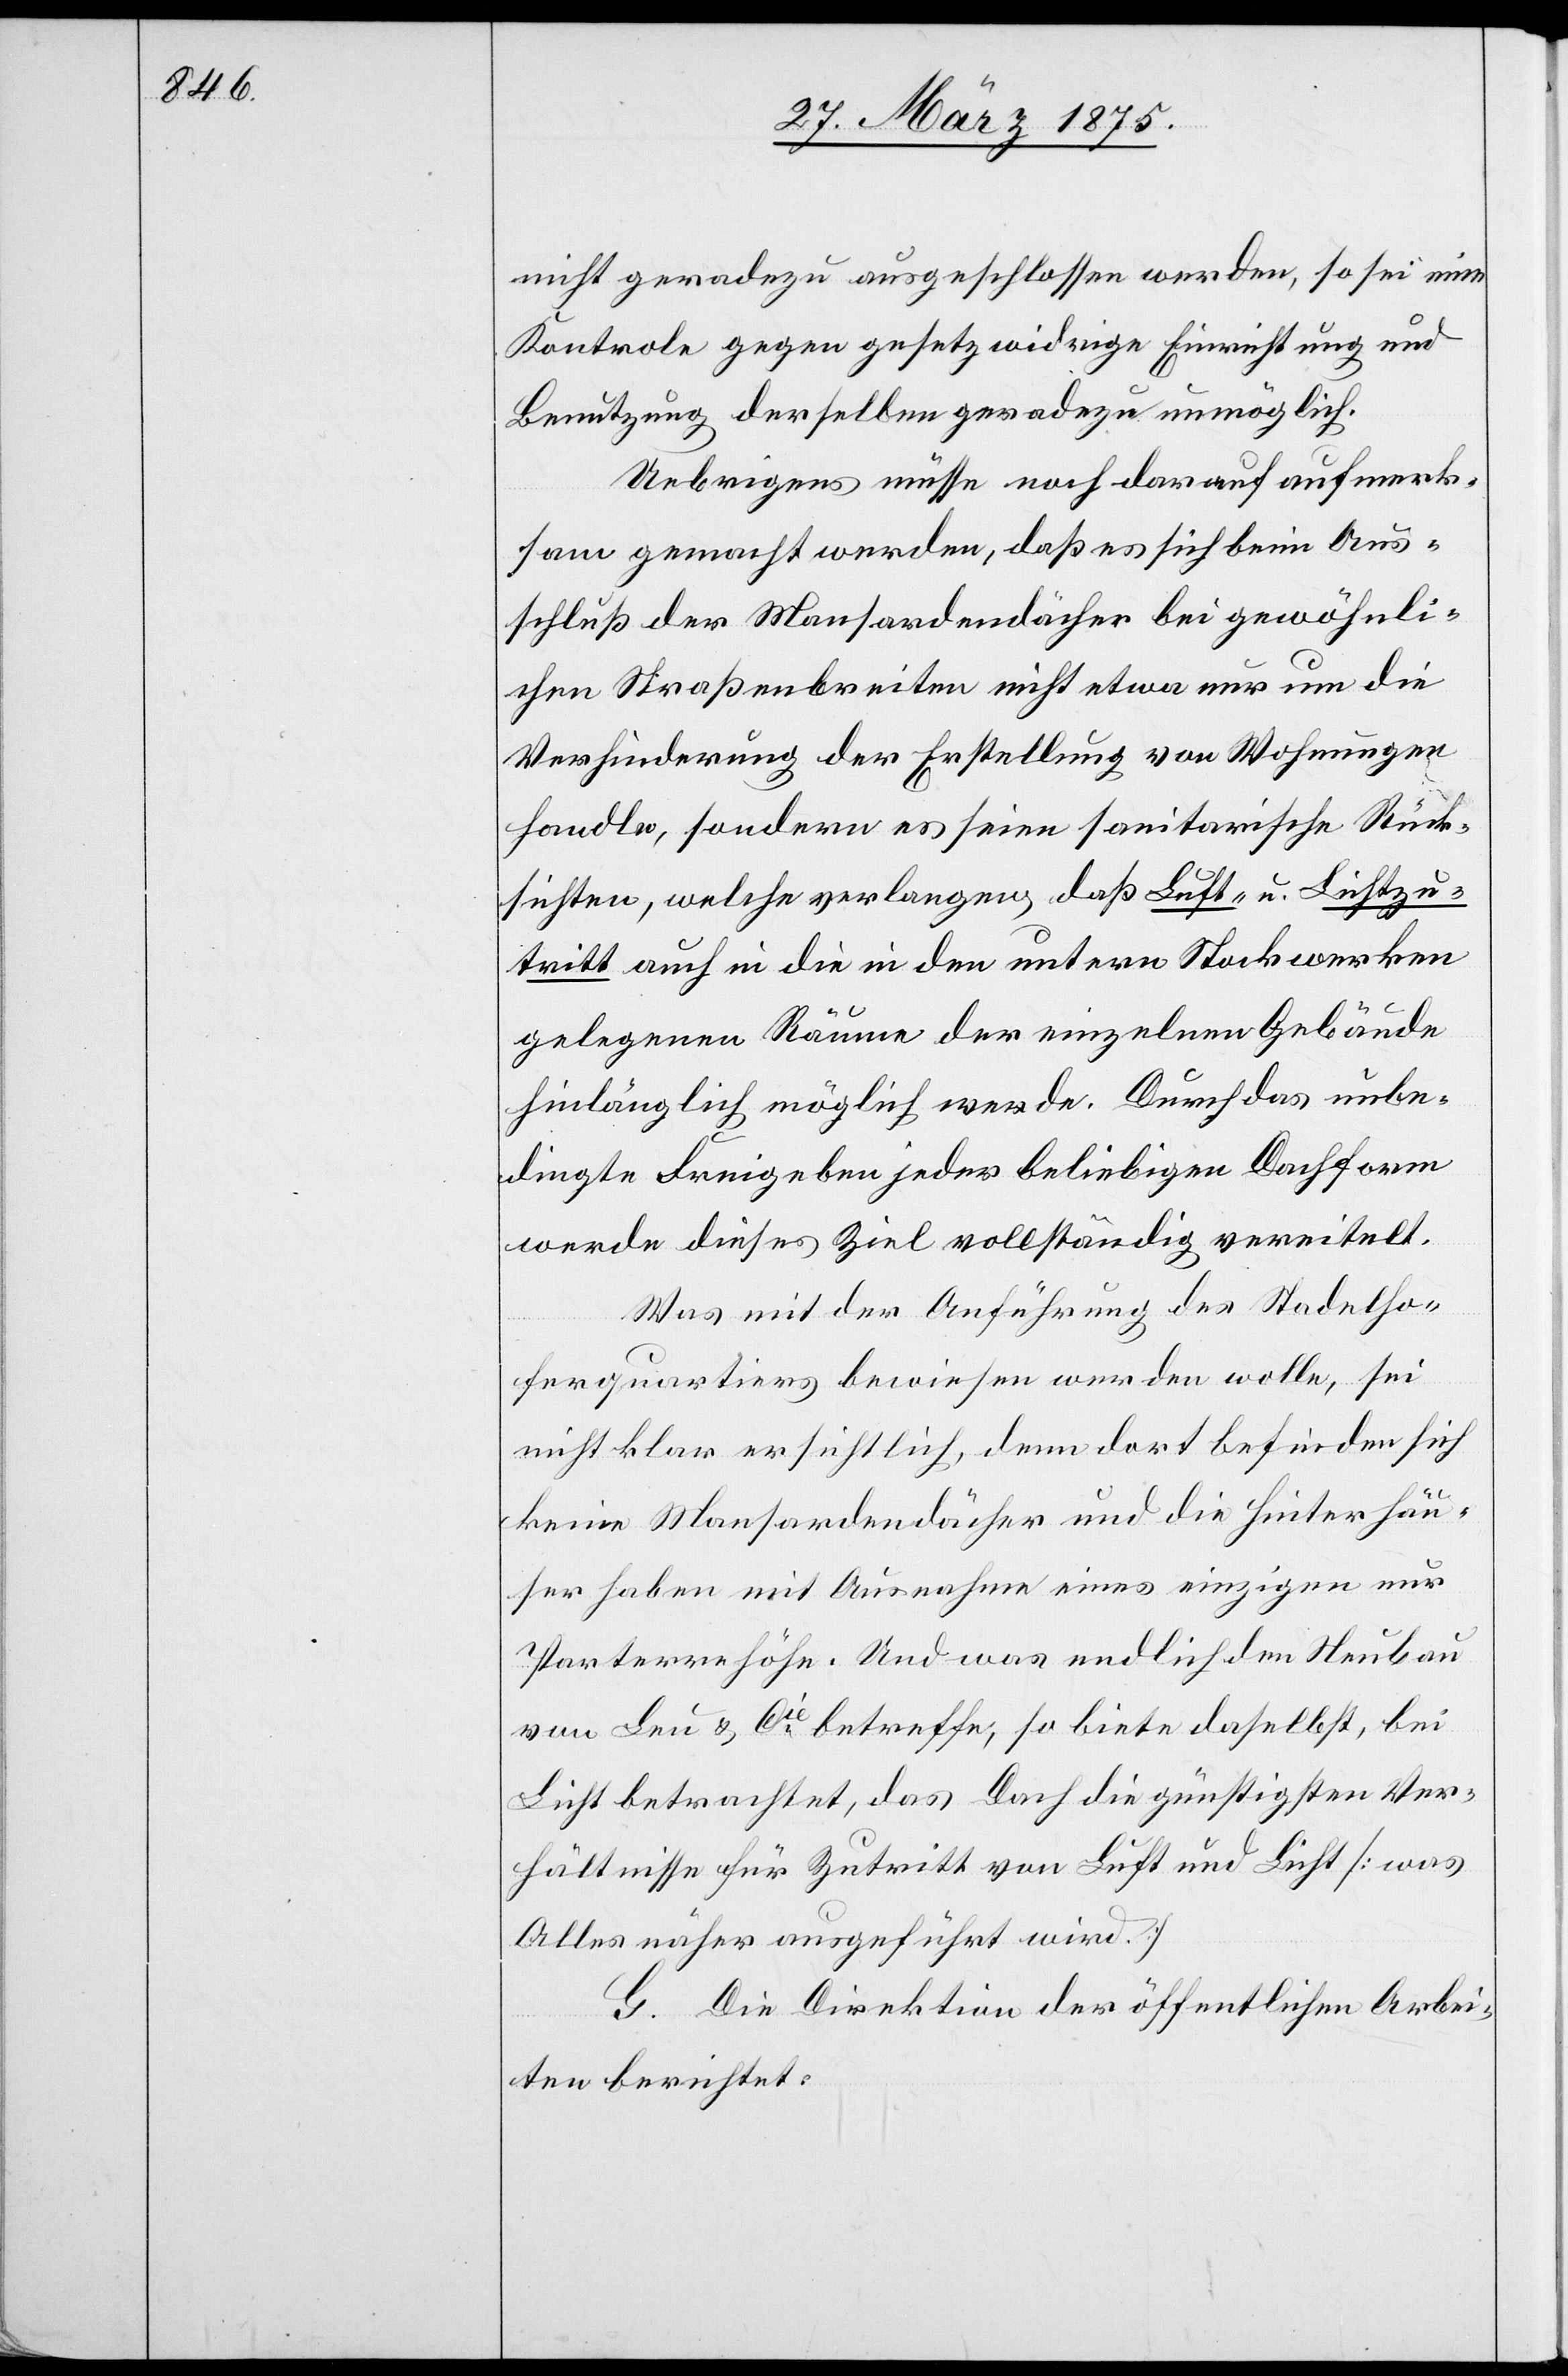
nicht geradezu ausgeschlossen werden, so sei eine
Kontrole gegen gesetzwidrige Einrichtung und
Benutzung derselben geradezu unmöglich.
Uebrigens müsse noch darauf aufmerk¬
sam gemacht werden, daß es sich beim Aus¬
schluß der Mansardendächer bei gewöhnli¬
chen Straßenbreiten nicht etwa nur um die
Verhinderung der Erstellung von Wohnungen
handle, sondern es seien sanitarische Rück¬
sichten, welche verlangen, daß Luft- u. Lichtzu¬
tritt auch in die in den unteren Stockwerken
gelegenen Räume der einzelnen Gebäude
hinlänglich möglich werde. Durch das unbe¬
dingte Freigeben jeder beliebigen Dachform
werde dieses Ziel vollständig vereitelt.
Was mit der Anführung des Stadelho¬
ferquartiers bewiesen werden wolle, sei
nicht klar ersichtlich, denn dort befinden sich
keine Mansardendächer und die Hinter Häu¬
ser haben mit Ausnahme eines einzigen nur
Parterre Höhe. Und was endlich den Neubau
von Leu & Cie betreffe, so biete daselbst, bei
Licht betrachtet, das Dach die günstigsten Ver¬
hältnisse für Zutritt von Luft und Licht [was
Alles näher ausgeführt wird].
G. Die Direktion der öffentlichen Arbei¬
ten berichtet: